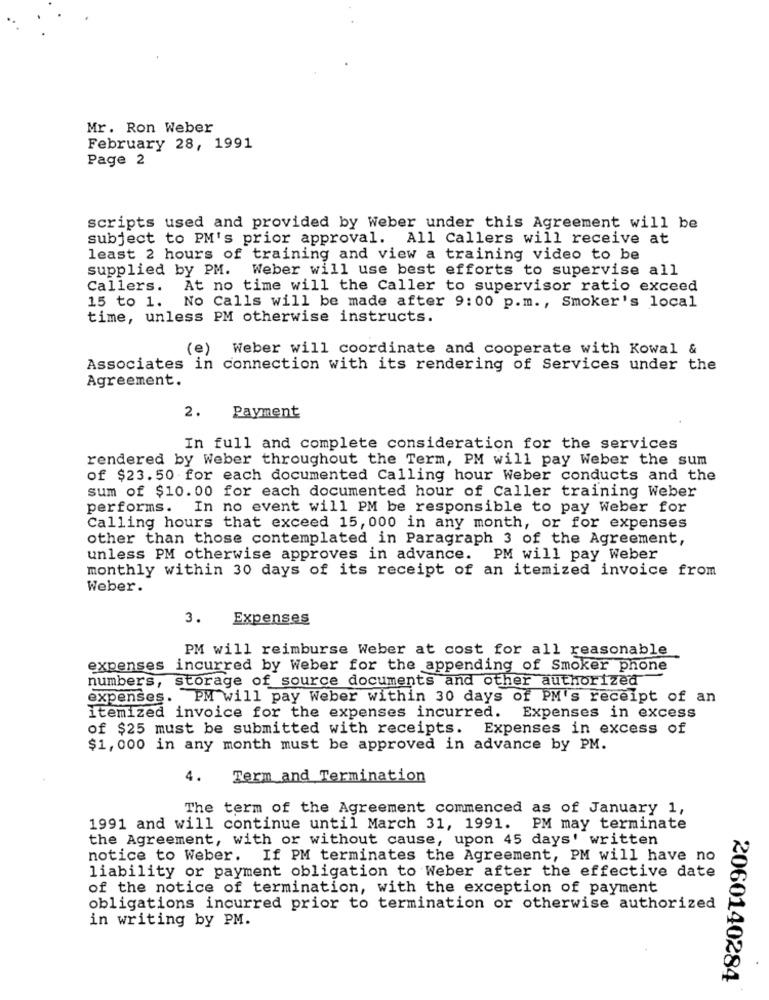
Mr. Ron Weber
February 28, 1991
Page 2
scripts used and provided by Weber under this Agreement will be
subject to PM's prior approval. All Callers will receive at
least 2 hours of training and view a training video to be
supplied by PM.
Weber will use best efforts to supervise all
Callers. At no time will the Caller to supervisor ratio exceed
15 to 1. No Calls will be made after 9:00 p.m ., Smoker's local
time, unless PM otherwise instructs.
(e) Weber will coordinate and cooperate with Kowal &
Associates in connection with its rendering of Services under the
Agreement.
2.
Payment
In full and complete consideration for the services
rendered by Weber throughout the Term, PM will pay Weber the sum
of $23. 50 for each documented Calling hour Weber conducts and the
sum of $10.00 for each documented hour of Caller training Weber
performs. In no event will PM be responsible to pay Weber for
Calling hours that exceed 15, 000 in any month, or for expenses
other than those contemplated in Paragraph 3 of the Agreement,
unless PM otherwise approves in advance. PM will pay Weber
monthly within 30 days of its receipt of an itemized invoice from
Weber.
3.
Expenses
PM will reimburse Weber at cost for all reasonable
expenses incurred by Weber for the appending of Smoker phone
numbers, storage of source documents and other authorized
expenses. PM will pay Weber within 30 days of PM's receipt of an
Itemized invoice for the expenses incurred. Expenses in excess
of $25 must be submitted with receipts. Expenses in excess of
$1,000 in any month must be approved in advance by PM.
4.
Term and Termination
The term of the Agreement commenced as of January 1,
1991 and will continue until March 31, 1991. PM may terminate
the Agreement, with or without cause, upon 45 days' written
notice to Weber. If PM terminates the Agreement, PM will have no
liability or payment obligation to Weber after the effective date
of the notice of termination, with the exception of payment
obligations incurred prior to termination or otherwise authorized
in writing by PM.
2060140284